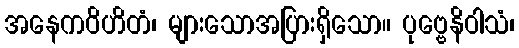
အနေကဝိဟိတံ၊ များသောအပြားရှိသော။ ပုဗ္ဗေနိဝါသံ၊